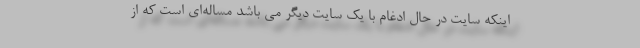
اينكه سايت در حال ادغام با يك سايت ديگر مي باشد مساله­اي است كه از